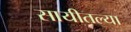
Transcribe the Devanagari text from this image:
सायीतल्या